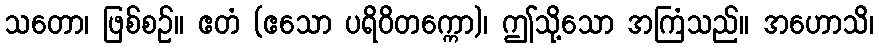
သတော၊ ဖြစ်စဉ်။ ဧတံ (ဧသော ပရိဝိတက္ကော)၊ ဤသို့သော အကြံသည်။ အဟောသိ၊